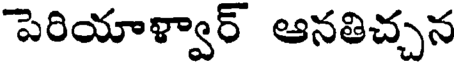
పెరియాళ్వార్ ఆనతిచ్చన